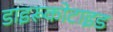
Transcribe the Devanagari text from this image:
डाइरूकोटाइड